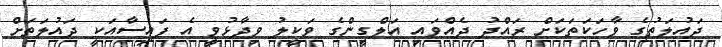
ދައުލަތުގެ ވާހަކަތަކަށް ރައްދު ދެއްވައި އަލްގީންގެ ވަކީލު ވިދާޅުވީ އެ ފައިސާއަކީ ދައުލަތަށް